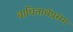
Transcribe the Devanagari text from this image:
बाधितार्थप्रसंग